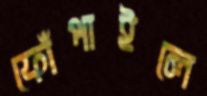
ফোঁপাইলে